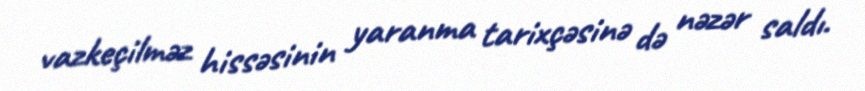
vazkeçilməz hissəsinin yaranma tarixçəsinə də nəzər saldı.